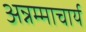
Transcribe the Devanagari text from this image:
अन्नम्माचार्य